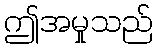
ဤအမှုသည်